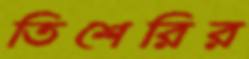
তিশেরির